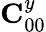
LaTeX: {\mathbf C}_{00}^{y}